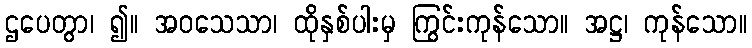
ဌပေတွာ၊ ၍။ အဝသေသာ၊ ထိုနှစ်ပါးမှ ကြွင်းကုန်သော။ အဋ္ဌ၊ ကုန်သော။